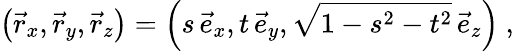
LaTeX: \left(\vec{r}_{x},\vec{r}_{y},\vec{r}_{z}\right)=\left(s\, \vec{e}_{x},t\, \vec{e}_{y},\sqrt{1-s^{2}-t^{2}}\, \vec{e}_{z}\right)~,